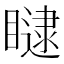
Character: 𥊵